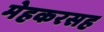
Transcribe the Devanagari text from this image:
मेहकरसह